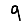
Digit: 9